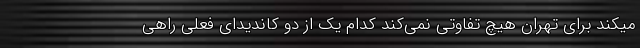
میکند برای تهران هیچ تفاوتی نمی‌کند کدام یک از دو کاندیدای فعلی راهی